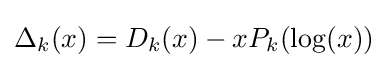
{\textstyle \Delta _{k}(x)=D_{k}(x)-xP_{k}(\log(x))}